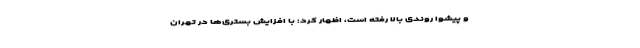
و پیشوا روندی بالا رفته است، اظهار کرد: با افزایش بستری‌ها در تهران